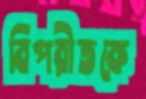
বিপরীতকে